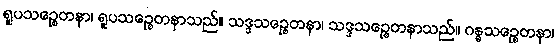
ရူပသဉ္စေတနာ၊ ရူပသဉ္စေတနာသည်။ သဒ္ဒသဉ္စေတနာ၊ သဒ္ဒသဉ္စေတနာသည်။ ဂန္ဓသဉ္စေတနာ၊